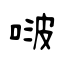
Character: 啵